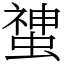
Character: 䗝